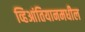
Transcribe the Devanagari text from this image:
व्हिआंतियानमधील